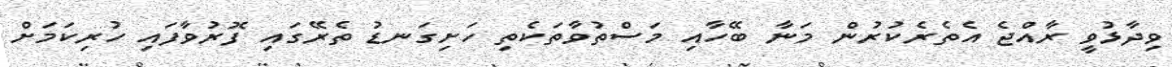
ވިދާޅުވީ ރާއްޖެ އެތެރެކުރުން މަނާ ބޭހާއި މަސްތުވާތަކެތި ހަށިގަނޑު ތެރޭގައި ފޮރުވާފައި ހުރިކަމަށް